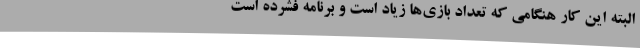
البته این کار هنگامی که تعداد بازی‌ها زیاد است و برنامه فشرده است